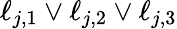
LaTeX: \ell_{j,1}\vee\ell_{j,2}\vee\ell_{j,3}